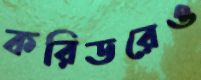
করিডরেও